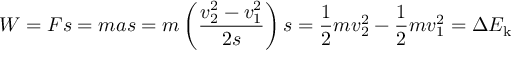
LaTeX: W = F s = m a s = m \left( { \frac { v _ { 2 } ^ { 2 } - v _ { 1 } ^ { 2 } } { 2 s } } \right) s = { \frac { 1 } { 2 } } m v _ { 2 } ^ { 2 } - { \frac { 1 } { 2 } } m v _ { 1 } ^ { 2 } = \Delta { E _ { \mathrm { k } } }